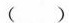
( )